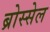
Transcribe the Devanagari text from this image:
ब्रोस्सेल